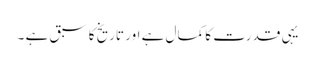
یہی قدرت کا کمال ہے اور تاریخ کا سبق ہے ۔